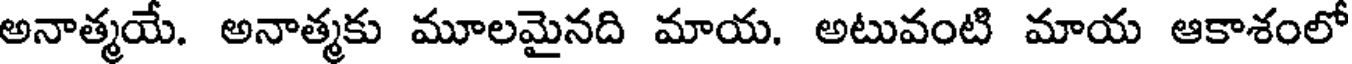
అనాత్మయే. అనాత్మకు మూలమైనది మాయ. అటువంటి మాయ ఆకాశంలో